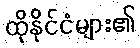
ထိုနိုင်ငံများ၏